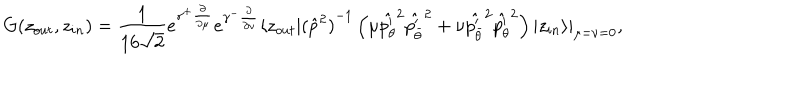
G ( z _ { o u t } , z _ { i n } ) = \frac 1 { 1 6 \sqrt 2 } e ^ { \gamma ^ { + } \frac \partial { \partial \mu } } e ^ { \gamma ^ { - } \frac \partial { \partial \nu } } \langle z _ { o u t } | { ( { \hat { p } } ^ { 2 } ) } ^ { - 1 } \left( \mu { \hat { p _ { \theta } ^ { \prime } } } ^ { 2 } { \hat { p _ { \bar { \theta } } ^ { \prime } } } ^ { 2 } + \nu { \hat { p _ { \bar { \theta } } ^ { \prime } } } ^ { 2 } { \hat { p _ { \theta } ^ { \prime } } } ^ { 2 } \right) | z _ { i n } \rangle | _ { \mu = \nu = 0 } ,